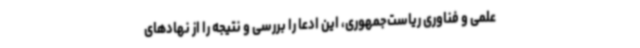
علمی و فناوری ریاست‌جمهوری، این ادعا را بررسی و نتیجه را از نهادهای